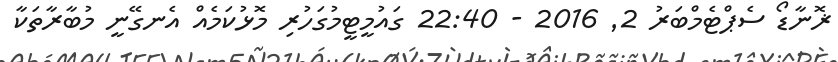
ޜޮނާޑޯ ސެޕްޓެމްބަރު 2